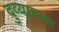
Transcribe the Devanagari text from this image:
दुव्याच्या